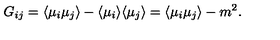
G _ { i j } = \langle \mu _ { i } \mu _ { j } \rangle - \langle \mu _ { i } \rangle \langle \mu _ { j } \rangle = \langle \mu _ { i } \mu _ { j } \rangle - m ^ { 2 } .